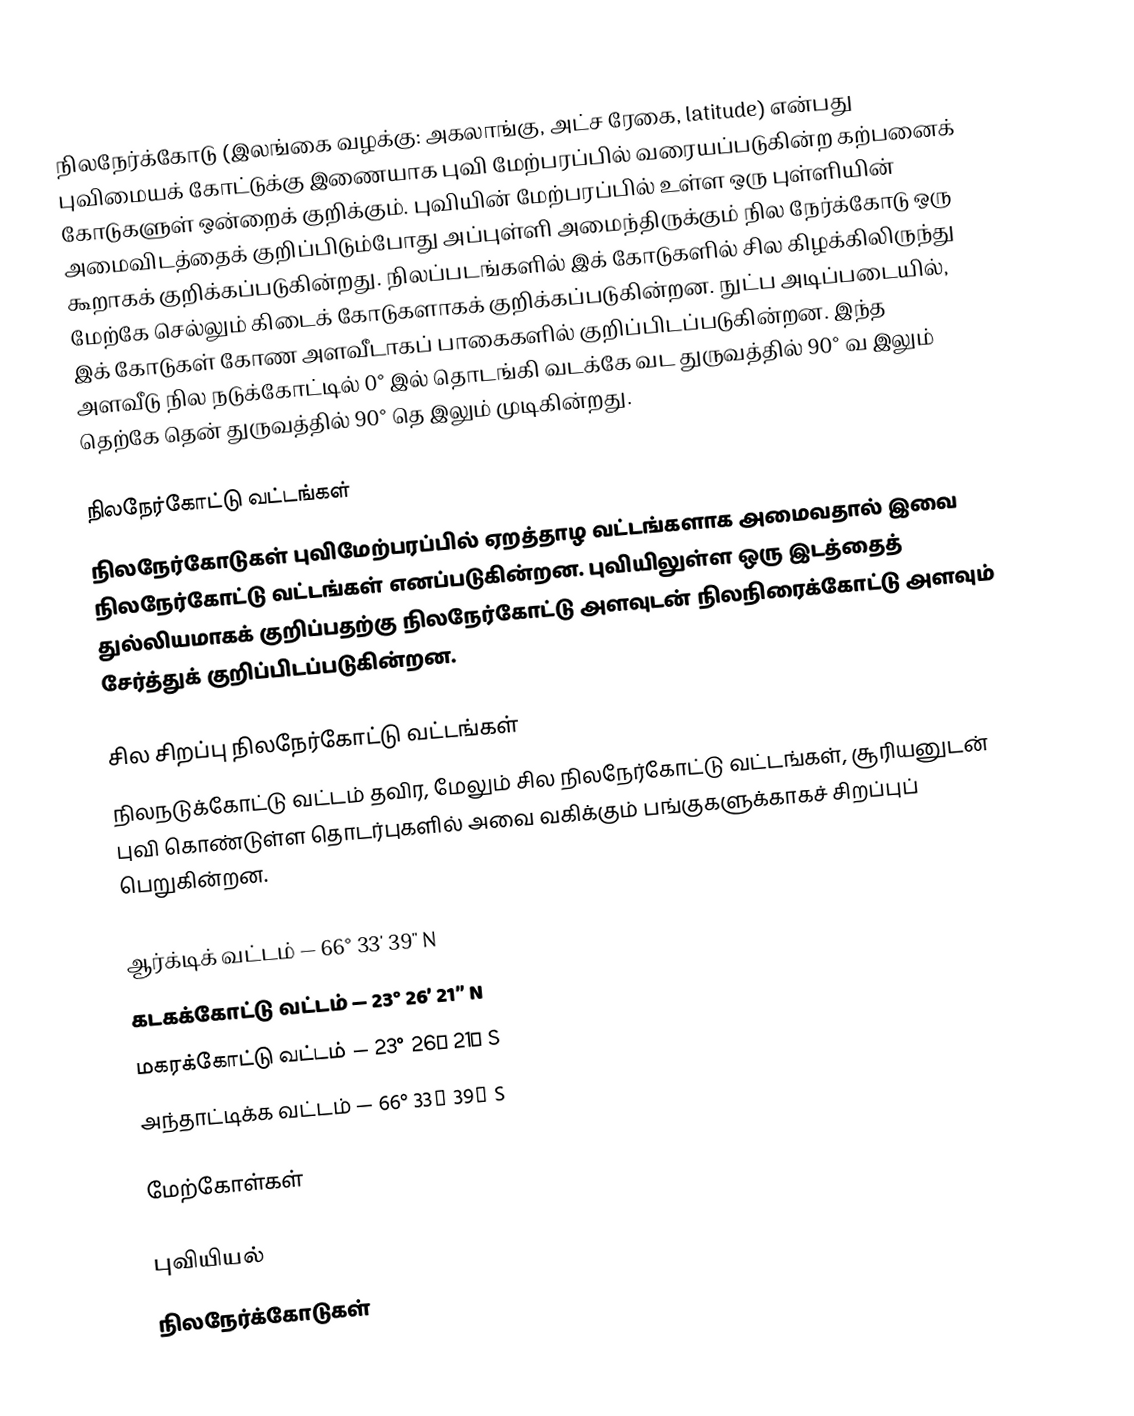
நிலநேர்க்கோடு (இலங்கை வழக்கு: அகலாங்கு, அட்ச ரேகை, latitude) என்பது புவிமையக் கோட்டுக்கு இணையாக புவி மேற்பரப்பில் வரையப்படுகின்ற கற்பனைக் கோடுகளுள் ஒன்றைக் குறிக்கும். புவியின் மேற்பரப்பில் உள்ள ஒரு புள்ளியின் அமைவிடத்தைக் குறிப்பிடும்போது அப்புள்ளி அமைந்திருக்கும் நில நேர்க்கோடு ஒரு கூறாகக் குறிக்கப்படுகின்றது. நிலப்படங்களில் இக் கோடுகளில் சில கிழக்கிலிருந்து மேற்கே செல்லும் கிடைக் கோடுகளாகக் குறிக்கப்படுகின்றன. நுட்ப அடிப்படையில், இக் கோடுகள் கோண அளவீடாகப் பாகைகளில் குறிப்பிடப்படுகின்றன. இந்த அளவீடு நில நடுக்கோட்டில் 0° இல் தொடங்கி வடக்கே வட துருவத்தில் 90° வ இலும் தெற்கே தென் துருவத்தில் 90° தெ இலும் முடிகின்றது.

நிலநேர்கோட்டு வட்டங்கள்
நிலநேர்கோடுகள் புவிமேற்பரப்பில் ஏறத்தாழ வட்டங்களாக அமைவதால் இவை நிலநேர்கோட்டு வட்டங்கள் எனப்படுகின்றன. புவியிலுள்ள ஒரு இடத்தைத் துல்லியமாகக் குறிப்பதற்கு நிலநேர்கோட்டு அளவுடன் நிலநிரைக்கோட்டு அளவும் சேர்த்துக் குறிப்பிடப்படுகின்றன.

சில சிறப்பு நிலநேர்கோட்டு வட்டங்கள்
நிலநடுக்கோட்டு வட்டம் தவிர, மேலும் சில நிலநேர்கோட்டு வட்டங்கள், சூரியனுடன் புவி கொண்டுள்ள தொடர்புகளில் அவை வகிக்கும் பங்குகளுக்காகச் சிறப்புப் பெறுகின்றன.

 ஆர்க்டிக் வட்டம் — 66° 33′ 39″ N
 கடகக்கோட்டு வட்டம் — 23° 26′ 21″ N
 மகரக்கோட்டு வட்டம் — 23° 26′ 21″ S
 அந்தாட்டிக்க வட்டம் — 66° 33′ 39″ S

மேற்கோள்கள்

புவியியல்
நிலநேர்க்கோடுகள்